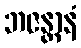
ဘဇန္တာနံ